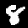
Label: 8